Scottish Leaving Certificate Examination, 1951
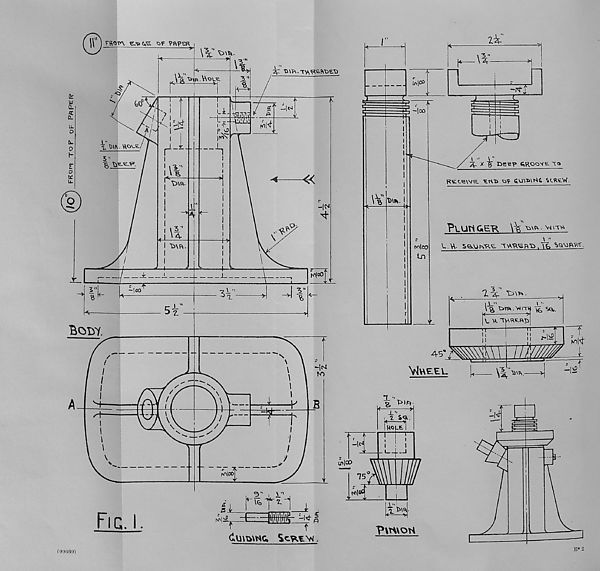
lol_ FROn TOP OF PftPEI?
(99(560)
B*2